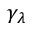
\gamma _ { \lambda }